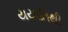
યયાતિથી